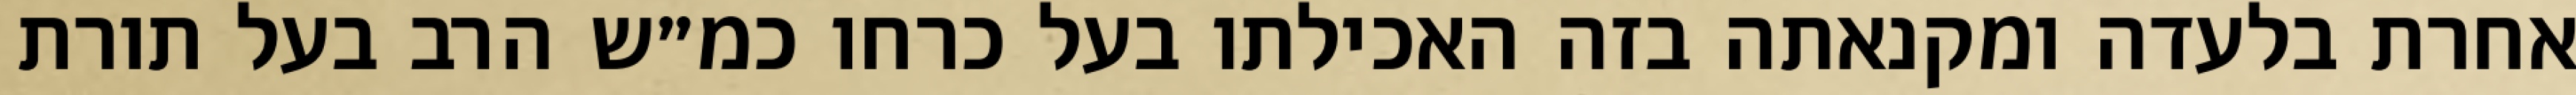
אחרת בלעדה ומקנאתה בזה האכילתו בעל כרחו כמ״ש הרב בעל תורת